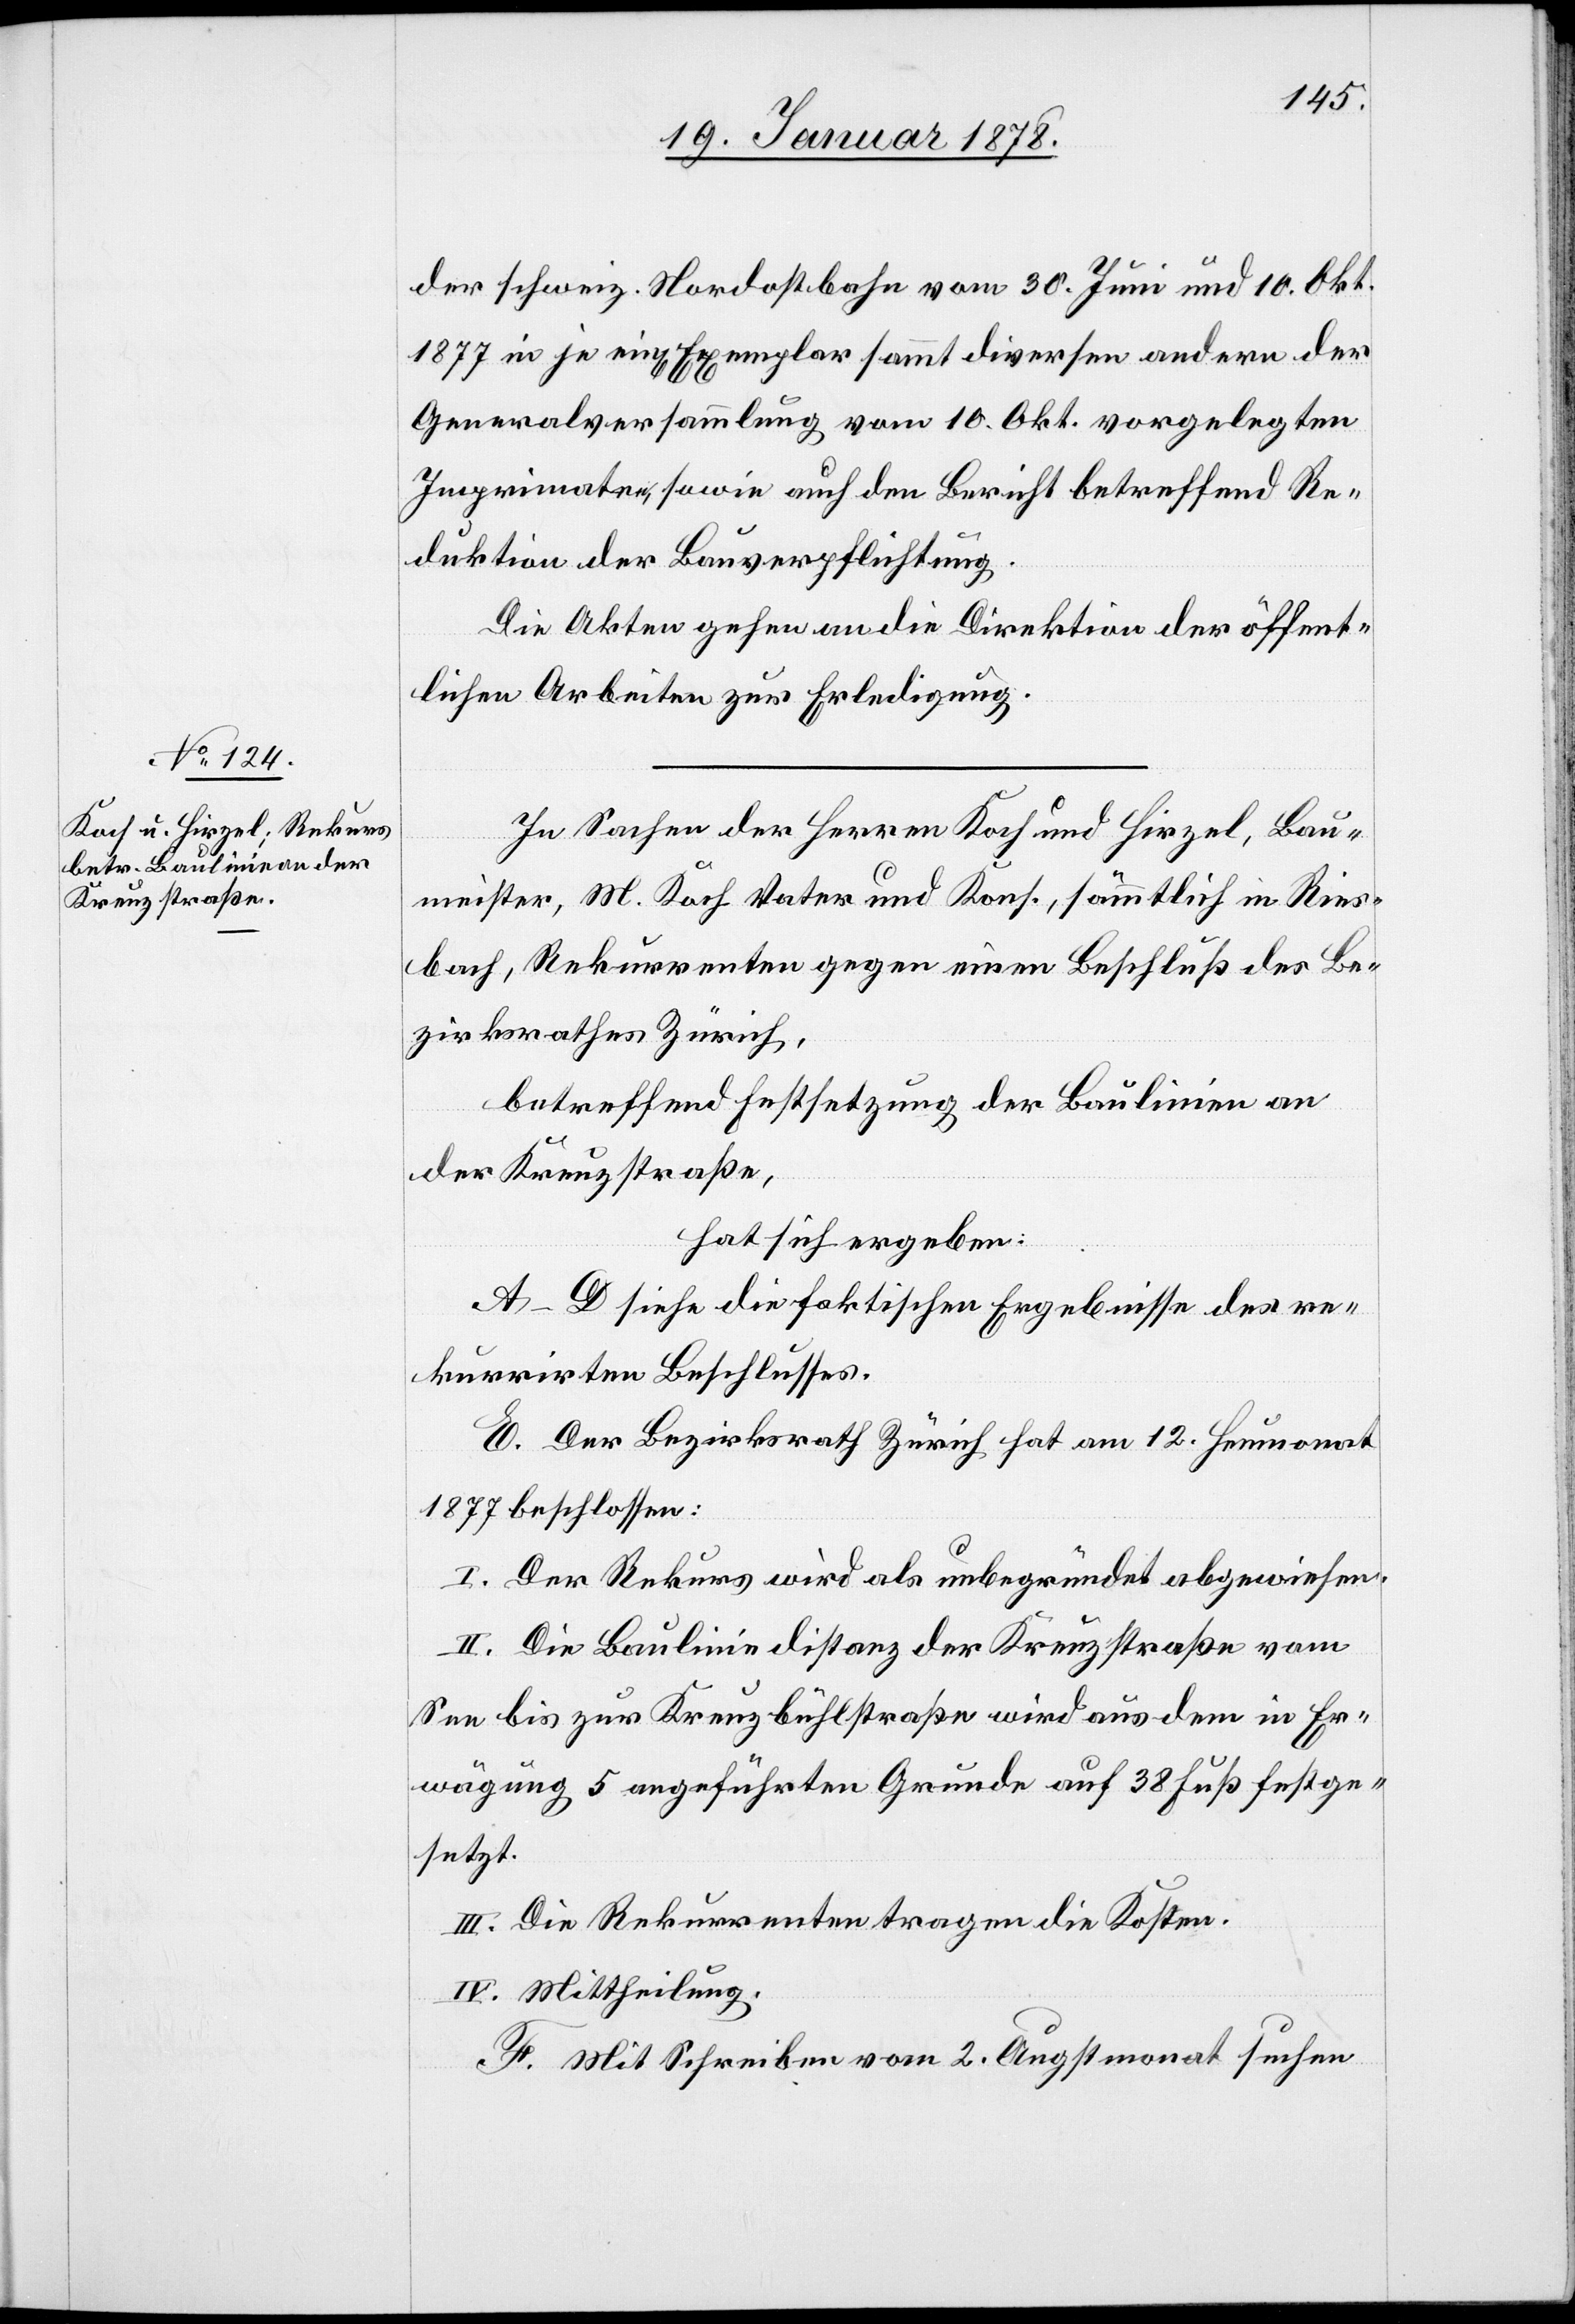
der schweiz. Nordostbahn vom 30. Juni und 10. Okt.
1877 in je ein[em] Exemplar sammt diversen andern der
Generalversammlung vom 10. Okt. vorgelegten
Imprimaten, sowie auch den Bericht betreffend Re¬
duktion der Bauverpflichtung.
Die Akten gehen an die Direktion der öffent¬
lichen Arbeiten zur Erledigung.
In Sachen der Herren Koch und Hirzel, Bau¬
meister, M. Koch Vater und Kons., sämmtlich in Ries¬
bach, Rekurrenten gegen einen Beschluß des Be¬
zirksrathes Zürich,
betreffend Festsetzung der Baulinie an
der Kreuzstraße,
hat sich ergeben:
A–D siehe die faktischen Ergebnisse des re¬
kurrirten Beschlusses.
E. Der Bezirksrath Zürich hat am 12. Heumonat
1877 beschlossen:
I. Der Rekurs wird als unbegründet abgewiesen.
II. Die Baulinie[n]distanz der Kreuzstraße vom
See bis zur Kreuzbühlstraße wird aus dem in Er¬
wägung 5 angeführten Grunde auf 38 Fuß festge¬
setzt.
III. Die Rekurrenten tragen die Kosten.
IV. Mittheilung.
F. Mit Schreiben vom 2. Augstmonat suchen